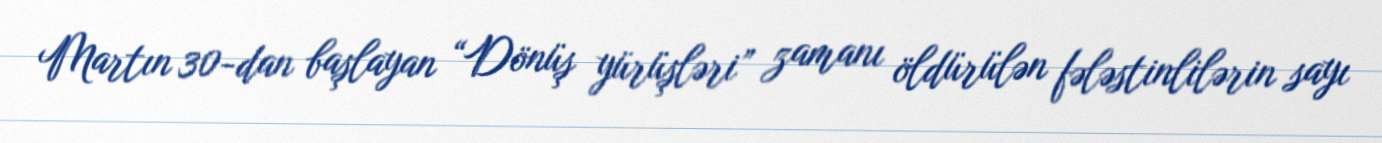
Martın 30-dan başlayan “Dönüş yürüşləri” zamanı öldürülən fələstinlilərin sayı